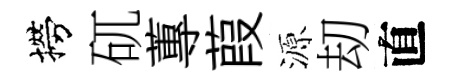
撈矹蓴葭源刧直